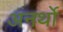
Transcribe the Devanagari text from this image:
अनर्थो